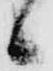
候